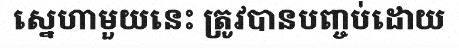
ស្នេហាមួយនេះ ត្រូវបានបញ្ចប់ដោយ